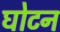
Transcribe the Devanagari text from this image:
घोटन